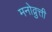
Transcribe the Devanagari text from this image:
मनोव्रुत्ती